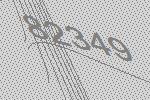
82349